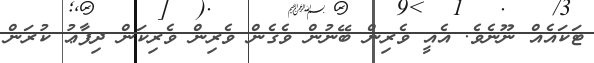
ޓަކައެއް ނޫނެވެ. އެއީ ވެރިން ބޭނުން ވެގެން ވެރިން ވެރިކަން ދިފާޢު ކުރަން